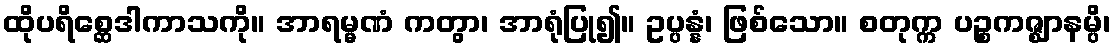
ထိုပရိစ္ဆေဒါကာသကို။ အာရမ္မဏံ ကတွာ၊ အာရုံပြု၍။ ဥပ္ပန္နံ၊ ဖြစ်သော။ စတုက္က ပဉ္စကဇ္ဈာနမ္ပိ၊